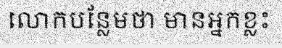
លោកបន្លែមថា មានអ្នកខ្លះ